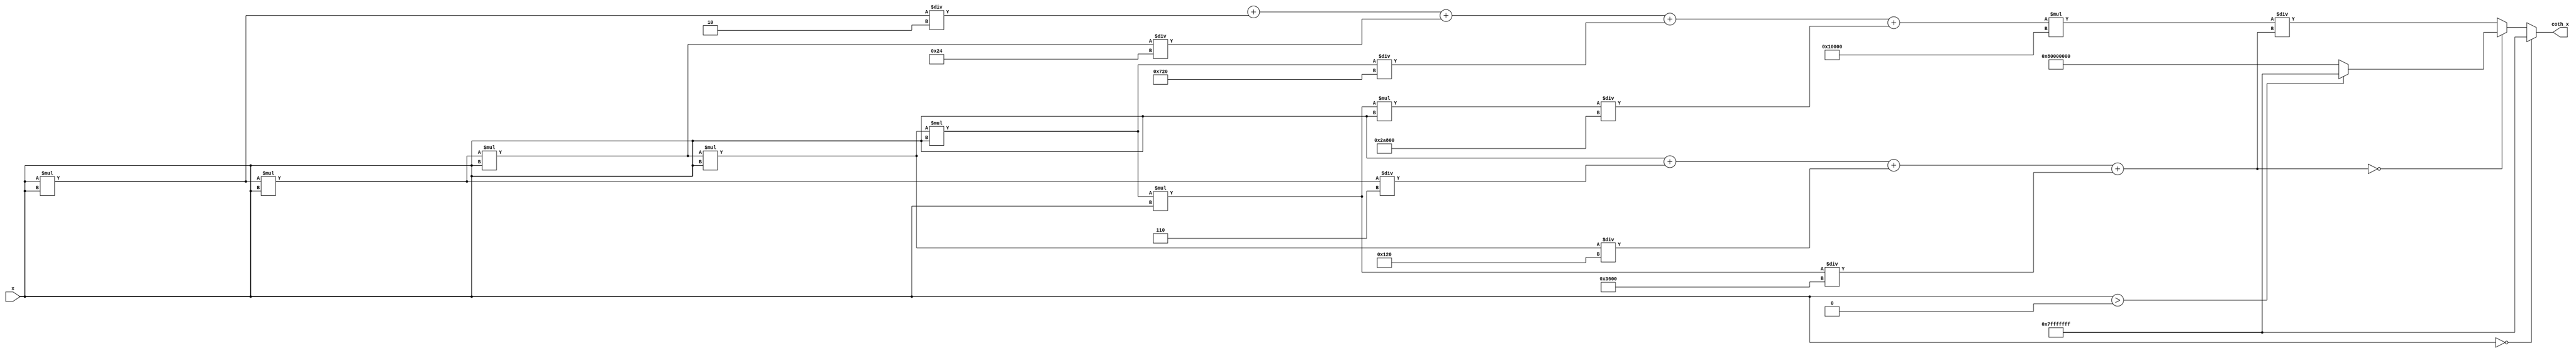
module coth(
    input wire signed [31:0] x,        // 16 bits integer, 16 bits fractional
    output reg signed [31:0] coth_x    // 16 bits integer, 16 bits fractional
);

    // Constants for Taylor series expansion
    parameter [31:0] FACTORIAL_1 = 32'h00000001; // 1
    parameter [31:0] FACTORIAL_2 = 32'h00000002; // 2
    parameter [31:0] FACTORIAL_3 = 32'h00000006; // 6
    parameter [31:0] FACTORIAL_4 = 32'h00000024; // 24
    parameter [31:0] FACTORIAL_5 = 32'h000000120; // 120
    parameter [31:0] FACTORIAL_6 = 32'h000000720; // 720
    parameter [31:0] FACTORIAL_7 = 32'h000003600; // 3600
    parameter [31:0] FACTORIAL_8 = 32'h00002A800; // 40320

    reg signed [31:0] sinh_x;
    reg signed [31:0] cosh_x;

    always @(*) begin
        // Special case for x = 0
        if (x == 32'h00000000) begin
            coth_x = 32'h7FFFFFFF; // Return large positive value for coth(0)
        end else begin
            // Compute sinh(x) using Taylor series
            sinh_x = x; // First term
            sinh_x = sinh_x + (x * x * x) / FACTORIAL_3;
            sinh_x = sinh_x + (x * x * x * x * x) / FACTORIAL_5;
            sinh_x = sinh_x + (x * x * x * x * x * x * x) / FACTORIAL_7;

            // Compute cosh(x) using Taylor series
            cosh_x = FACTORIAL_0; // First term
            cosh_x = cosh_x + (x * x) / FACTORIAL_2;
            cosh_x = cosh_x + (x * x * x * x) / FACTORIAL_4;
            cosh_x = cosh_x + (x * x * x * x * x * x) / FACTORIAL_6;
            cosh_x = cosh_x + (x * x * x * x * x * x * x * x) / FACTORIAL_8;

            // Compute coth(x) = cosh(x) / sinh(x)
            if (sinh_x == 32'h00000000) begin
                coth_x = (x > 32'h00000000) ? 32'h7FFFFFFF : 32'h80000000; // Handle division by zero
            end else begin
                coth_x = (cosh_x * 32'h00010000) / sinh_x; // Scale for fixed-point
            end
        end
    end

endmodule